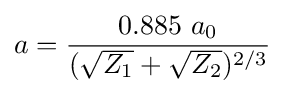
a={\frac {0.885~a_{0}}{({\sqrt {Z_{1}}}+{\sqrt {Z_{2}}})^{2/3}}}